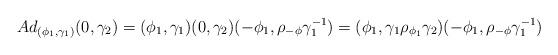
LaTeX: \begin{align*} Ad_{(\phi_1,\gamma_1)}(0, \gamma_2) = (\phi_1,\gamma_1)(0, \gamma_2) (-\phi_1,\rho_{-\phi}\gamma_1^{-1}) =(\phi_1, \gamma_1 \rho_{\phi_1}\gamma_2) (-\phi_1,\rho_{-\phi}\gamma_1^{-1})\end{align*}